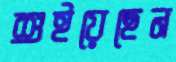
শুইয়েছেন